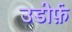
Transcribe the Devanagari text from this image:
उडोर्फ़